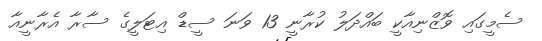
ސެމީގައި ވޮޒްނިއާކީ ބައްދަލު ކުރާނީ 13 ވަނަ ސީޑް އިޓަލީގެ ސާރާ އެރާނީއާ